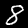
Label: 8